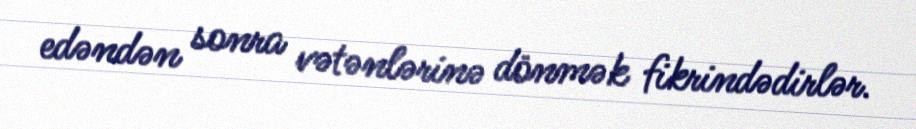
edəndən sonra vətənlərinə dönmək fikrindədirlər.